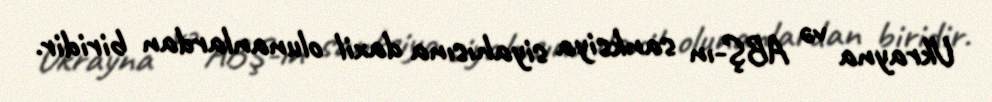
Ukrayna və ABŞ-ın sanksiya siyahısına daxil olunanlardan biridir.